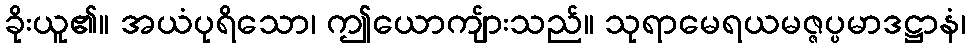
ခိုးယူ၏။ အယံပုရိသော၊ ဤယောကျ်ားသည်။ သုရာမေရယမဇ္ဇပ္ပမာဒဋ္ဌာနံ၊